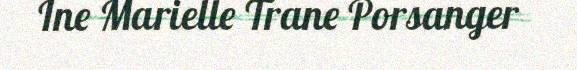
Ine Marielle Trane Porsanger